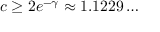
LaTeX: c \geq 2 e ^ { - \gamma } \approx 1 . 1 2 2 9 \ldots